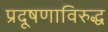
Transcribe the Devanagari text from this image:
प्रदूषणाविरुद्ध